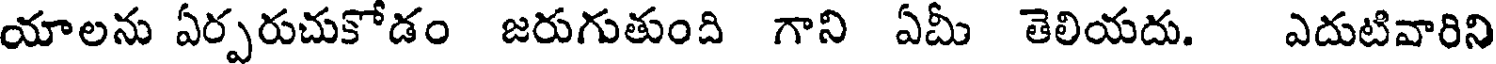
యాలను ఏర్పరుచుకోడం జరుగుతుంది గాని ఏమీ తెలియదు. ఎదుటివారిని